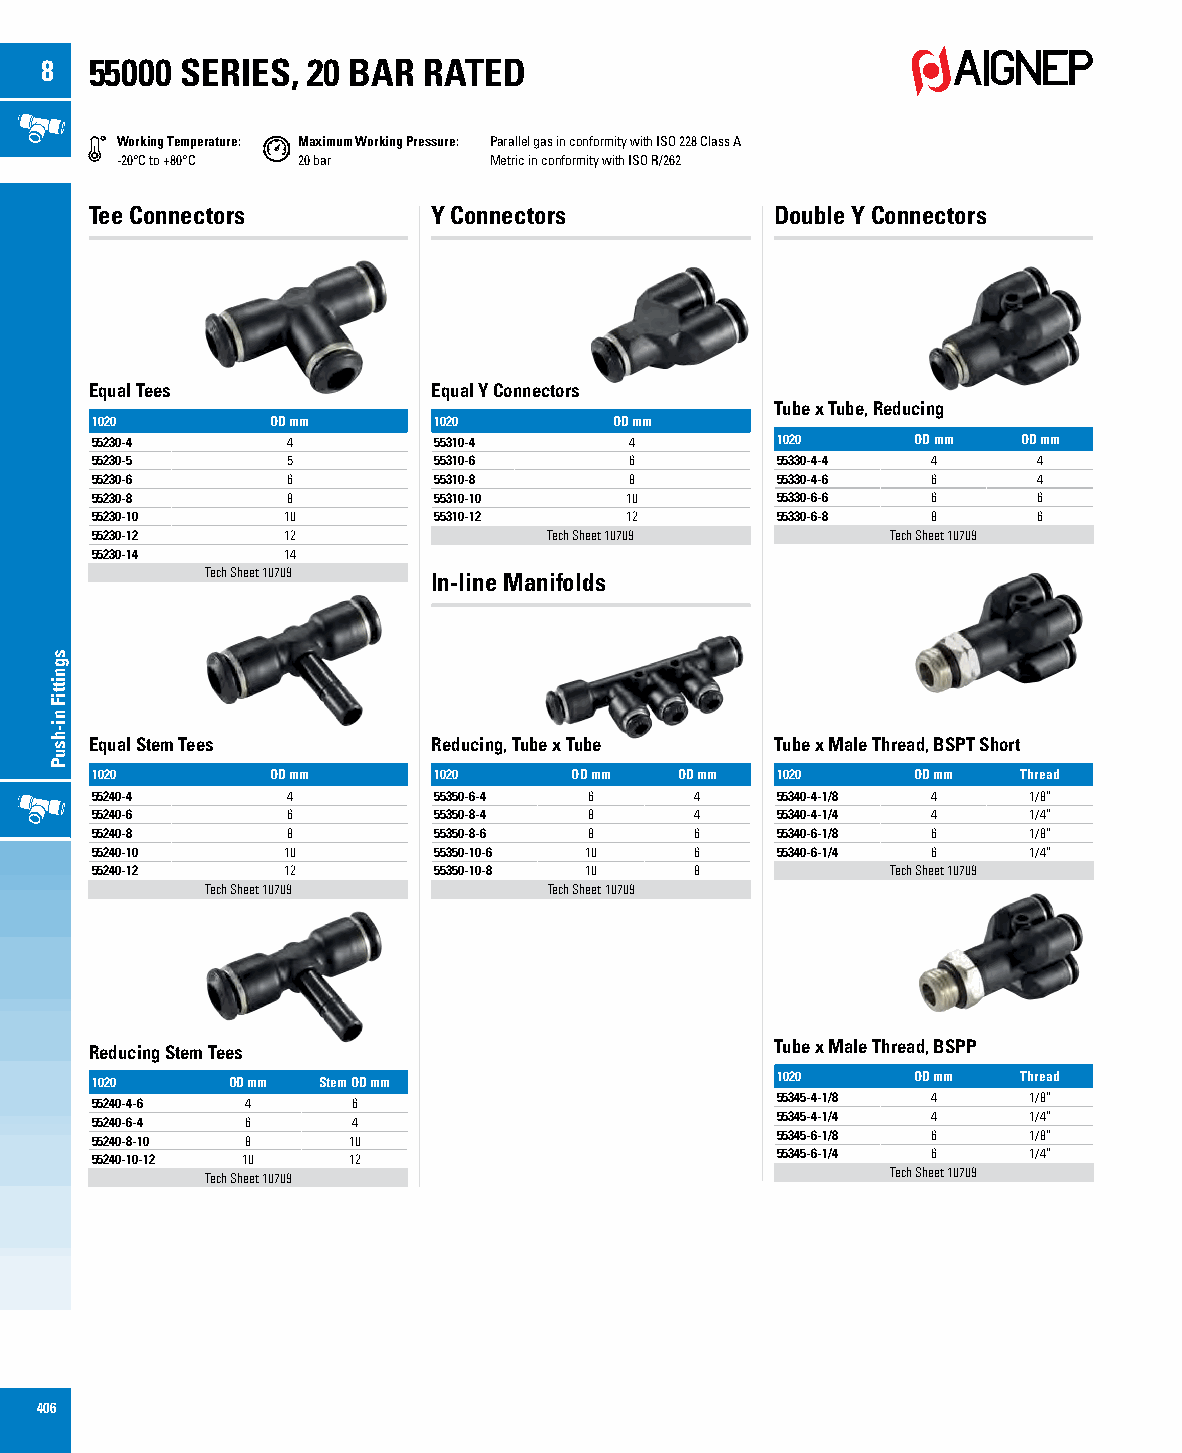
8  55000 SERIES, 20 BAR  RATED
 Working Temperature: Maximum Working Pressure: Parallel gas in conformity with ISO 228 Class A
 -20°C to +80°C 20 bar   Metric in conformity with ISO R/262
 Tee Connectors         Y Connectors          Double Y Connectors
 Equal Tees             Equal Y Connectors
 Tube x Tube, Reducing
 1020        OD mm      1020        OD mm
 55230-4      4         55310-4      4        1020     OD mm   OD mm
 55230-5      5         55310-6      6        55330-4-4  4      4
 55230-6      6         55310-8      8        55330-4-6  6      4
 55230-8      8         55310-10    10        55330-6-6  6      6
 55230-10     10        55310-12    12        55330-6-8  8      6
 55230-12     12               Tech Sheet 10709       Tech Sheet 10709
 55230-14     14
 Tech Sheet 10709 In-line Manifolds
 Equal Stem Tees        Reducing, Tube x Tube Tube x Male Thread, BSPT Short
 1020        OD mm      1020     OD mm  OD mm 1020     OD mm   Thread
 55240-4      4         55350-6-4 6      4    55340-4-1/8 4    1/8”
 55240-6      6         55350-8-4 8      4    55340-4-1/4 4    1/4”
 55240-8      8         55350-8-6 8      6    55340-6-1/8 6    1/8”
 55240-10     10        55350-10-6 10    6    55340-6-1/4 6    1/4”
 55240-12     12        55350-10-8 10    8            Tech Sheet 10709
 Tech Sheet 10709      Tech Sheet 10709
 Reducing Stem Tees                           Tube x Male Thread, BSPP
 1020     OD mm Stem OD mm                    1020     OD mm   Thread
 55240-4-6 4      6                           55345-4-1/8 4    1/8”
 55240-6-4 6      4                           55345-4-1/4 4    1/4”
 55240-8-10 8     10                          55345-6-1/8 6    1/8”
 55240-10-12 10   12                          55345-6-1/4 6    1/4”
 Tech Sheet 10709                             Tech Sheet 10709
 406
 sgnittiF
 ni-hsuP